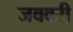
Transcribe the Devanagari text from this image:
जववरी